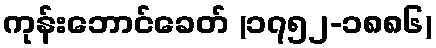
ကုန်းဘောင်ခေတ် (၁၇၅၂-၁၈၈၆)